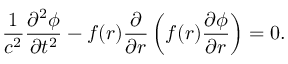
\frac { 1 } { c ^ { 2 } } \frac { \partial ^ { 2 } \phi } { \partial t ^ { 2 } } - f ( r ) \frac { \partial } { \partial r } \left( f ( r ) \frac { \partial \phi } { \partial r } \right) = 0 .